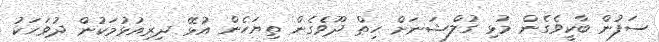
ސަފުން ބާކީވެގެން މުޅި ގުލްޝަނަށް ހިތް ދޫވެގެން ތިޔަހެން އުޅޭ ދިރިއުޅުމަކުން ދުވަހަކު